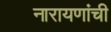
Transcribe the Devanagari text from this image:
नारायणांची